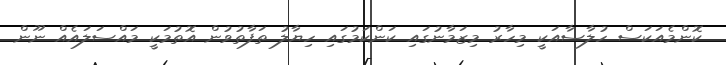
ކޮންމެއަކަސް ހުލާސާއަކީ މިހާރު މިޒަމާނުގައި ކަންކަމުގައި ހިޔާލު ތަފާތުވުން އޮތުމަކީ މައްސަލައެއް ނޫން